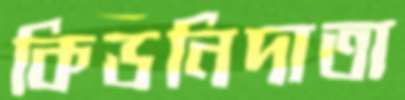
কিডনিদাতা